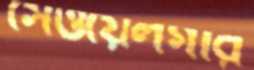
সেওয়েলগার